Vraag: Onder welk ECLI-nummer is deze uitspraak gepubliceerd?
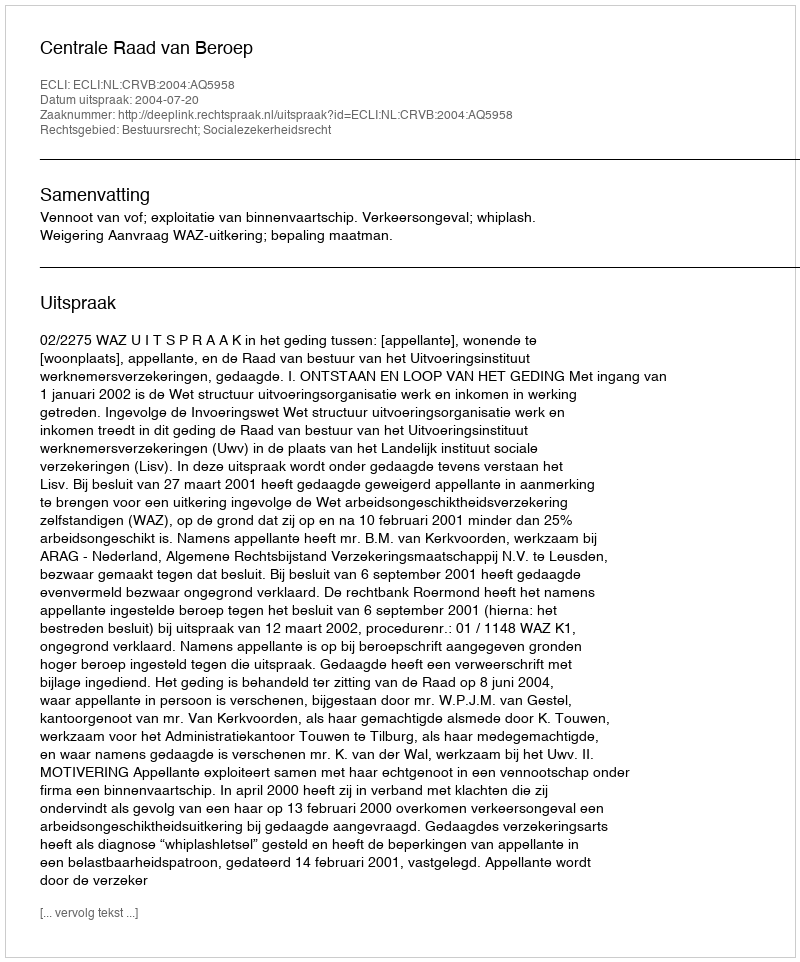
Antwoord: ECLI:NL:CRVB:2004:AQ5958